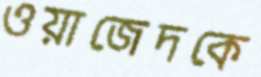
ওয়াজেদকে